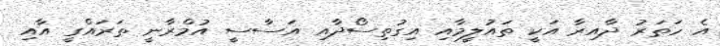
އެ ހަތަރު ދާއިރާ އަކީ ތައުލީމާއި އިގުތިސޯދާއި އަސާސީ އުމްރާނީ ތަރައްގީ އާއި